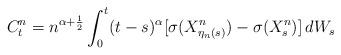
LaTeX: \begin{align*} C^n_t=n^{\alpha+\frac 12}\int^t_0 (t-s)^{\alpha} [ \sigma(X^n_{\eta_n(s)}) -\sigma(X^n_s)]\, dW_s \end{align*}